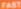
FAST